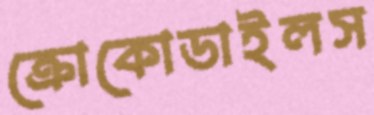
ক্রোকোডাইলস